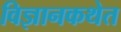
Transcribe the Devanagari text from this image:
विज्ञानकथेत